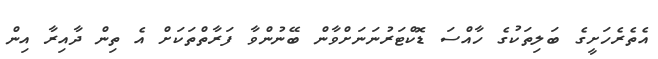
އެތެރެހަށީގެ ބަލިތަކުގެ ހާއްސަ ޑޮކްޓަރުނަނަށްވާން ބޭނުންވާ ފަރާތްތަކަށް އެ ތިން ދާއިރާ އިން